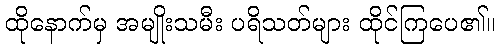
ထိုနောက်မှ အမျိုးသမီး ပရိသတ်များ ထိုင်ကြပေ၏။